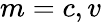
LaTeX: m=c,v